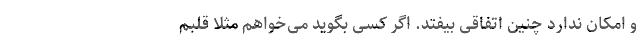
و امکان ندارد چنین اتفاقی بیفتد. اگر کسی بگوید می‌خواهم مثلا قلبم